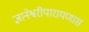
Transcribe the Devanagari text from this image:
ज्ञानेश्वरीपारायणास